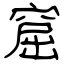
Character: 窟